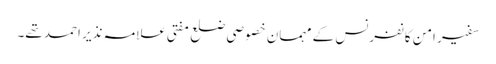
سفیر امن کانفرنس کے مہمان خصوصی ضلع مفتی علامہ نذیر احمد تھے۔